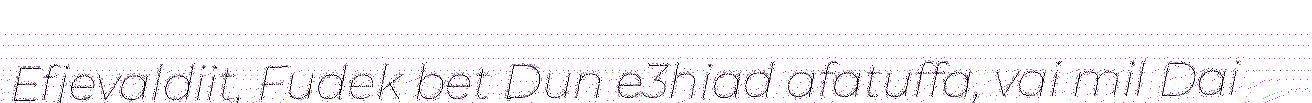
Efjevaldiit, Fudek bet Dun e3hiad afatuffa, vai mil Dai